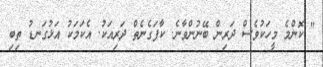
" ކޮންމެ މީހަކުވެސް ދަރިން ބޭނުންވާނެ. ކާފަގެނެތް ދަރިއަކު. އެކަމަކު އަޅުގަނޑު ތިބި